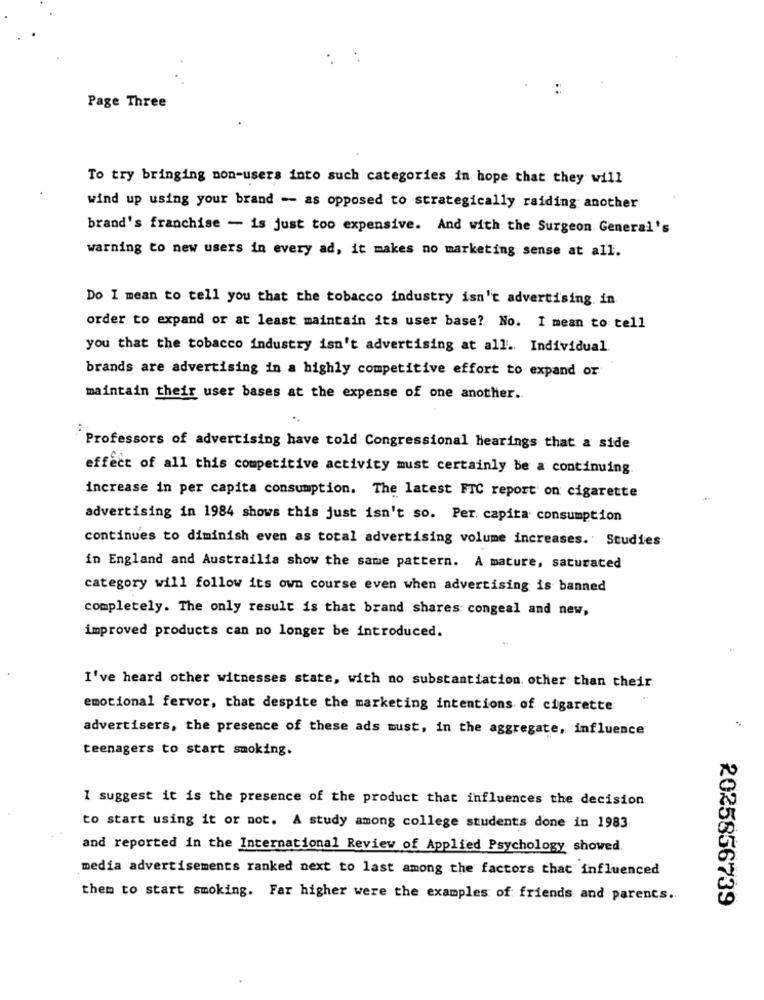
:
Page Three
To try bringing non-users into such categories in hope that they will
wind up using your brand -- as opposed to strategically raiding another
brand's franchise - is just too expensive. And with the Surgeon General's
warning to new users in every ad, it makes no marketing sense at all.
Do I mean to tell you that the tobacco industry isn't advertising. in
order to expand or at least maintain its user base? No. I mean to tell
you that the tobacco industry isn't advertising at all .. Individual
brands are advertising in a highly competitive effort to expand or
maintain their user bases at the expense of one another.
Professors of advertising have told Congressional hearings that a side
effect of all this competitive activity must certainly be a continuing
increase in per capita consumption. The latest FTC report on cigarette
advertising in 1984 shows this just isn't so. Per capita consumption
continues to diminish even as total advertising volume increases. Studies
in England and Austrailia show the same pattern. A mature, saturated
category will follow its own course even when advertising is banned
completely. The only result is that brand shares congeal and new,
improved products can no longer be introduced.
I've heard other witnesses state, with no substantiation other than their
emotional fervor, that despite the marketing intentions of cigarette
advertisers, the presence of these ads must, in the aggregate, influence
teenagers to start smoking.
1 suggest it is the presence of the product that influences the decision
to start using it or not. A study among college students done in 1983
and reported in the International Review of Applied Psychology showed.
media advertisements ranked next to last among the factors that influenced
them to start smoking. Far higher were the examples of friends and parents ..
2025856739